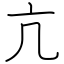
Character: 亢